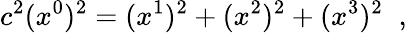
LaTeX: c^{2}(x^{0})^{2}=(x^{1})^{2}+(x^{2})^{2}+(x^{3})^{2}\; \; ,